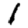
Digit: 1